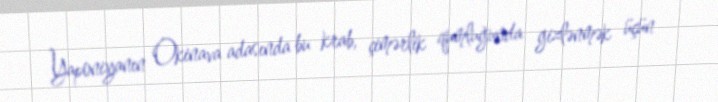
Yaponiyanın Okinava adasında bu krab, çimərlik qumluğunda gizlənmək üçün